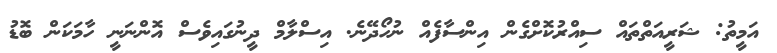
އަމީތު: ޝަރީއަތްތައް ސިއްރުކޮށްގެން އިންސާފެއް ނުހޯދޭނެ. އިސްލާމް ދީނުގައިވެސް އޮންނަނީ ހާމަކަަން ބޮޑު